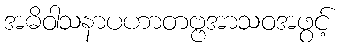
အဓိဝါသနာပဟာတဗ္ဗအာသဝအဖွင့်